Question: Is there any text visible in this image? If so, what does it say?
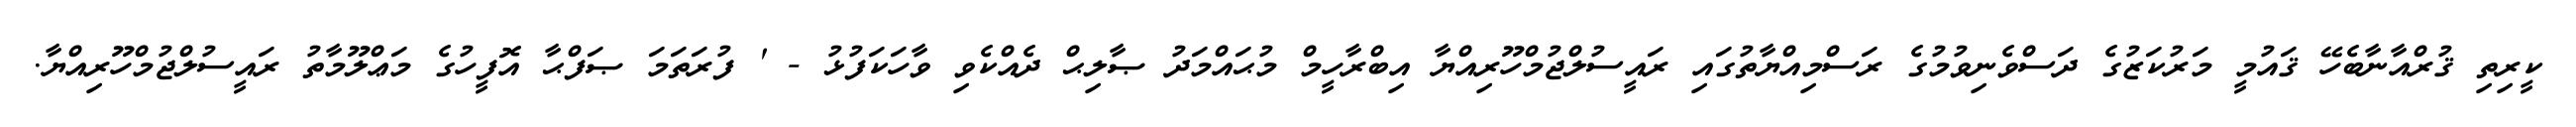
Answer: ކީރިތި ޤުރްއާނާބެހޭ ޤައުމީ މަރުކަޒުގެ ދަސްވެނިވުމުގެ ރަސްމިއްޔާތުގައި ރައީސުލްޖުމްހޫރިއްޔާ އިބްރާހީމް މުޙައްމަދު ޞާލިޙް ދެއްކެވި ވާހަކަފުޅު - ' ފުރަތަމަ ޞަފްޙާ އޮފީހުގެ މަޢްލޫމާތު ރައީސުލްޖުމްހޫރިއްޔާ.